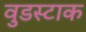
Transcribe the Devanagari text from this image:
वुडस्टाक